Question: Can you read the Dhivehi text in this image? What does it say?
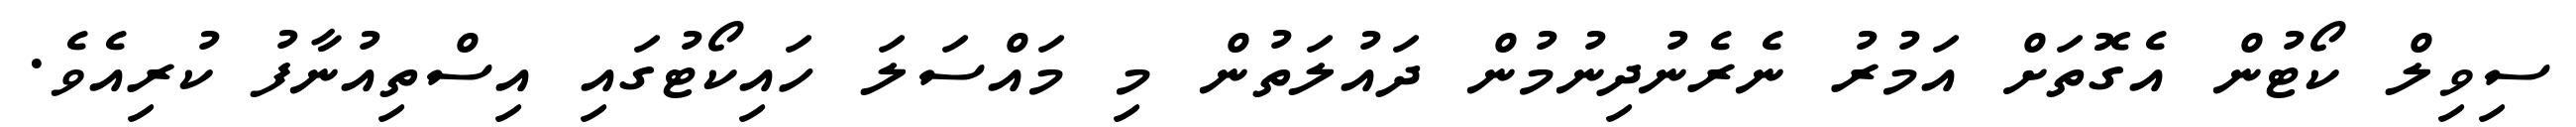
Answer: ސިވިލް ކޯޓުން އެގޮތަށް އަމުރު ނެރެނުދިނުމުން ދައުލަތުން މި މައްސަލަ ހައިކޯޓުގައި އިސްތިއުނާފު ކުރިއެވެ.